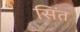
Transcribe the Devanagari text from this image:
सिंत